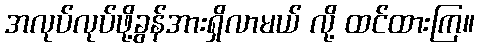
အလုပ်လုပ်ဖို့ခွန်အားရှိလာမယ် လို့ ထင်ထားကြ။